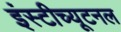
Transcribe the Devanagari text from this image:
इंस्टीच्यूटनल